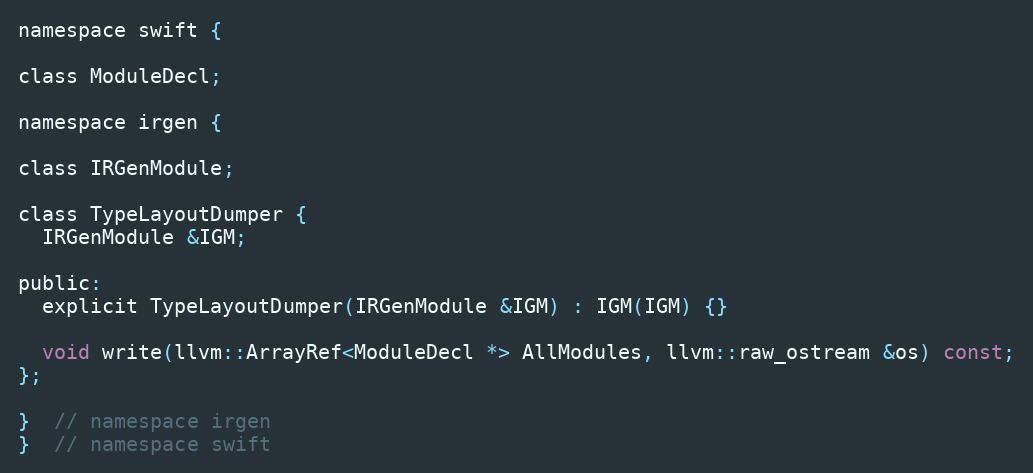
Language: C
namespace swift {

class ModuleDecl;

namespace irgen {

class IRGenModule;

class TypeLayoutDumper {
  IRGenModule &IGM;

public:
  explicit TypeLayoutDumper(IRGenModule &IGM) : IGM(IGM) {}

  void write(llvm::ArrayRef<ModuleDecl *> AllModules, llvm::raw_ostream &os) const;
};

}  // namespace irgen
}  // namespace swift